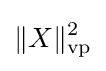
\Vert X\Vert _{\mathrm {vp} }^{2}